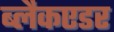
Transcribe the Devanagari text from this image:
ब्लैकएडर